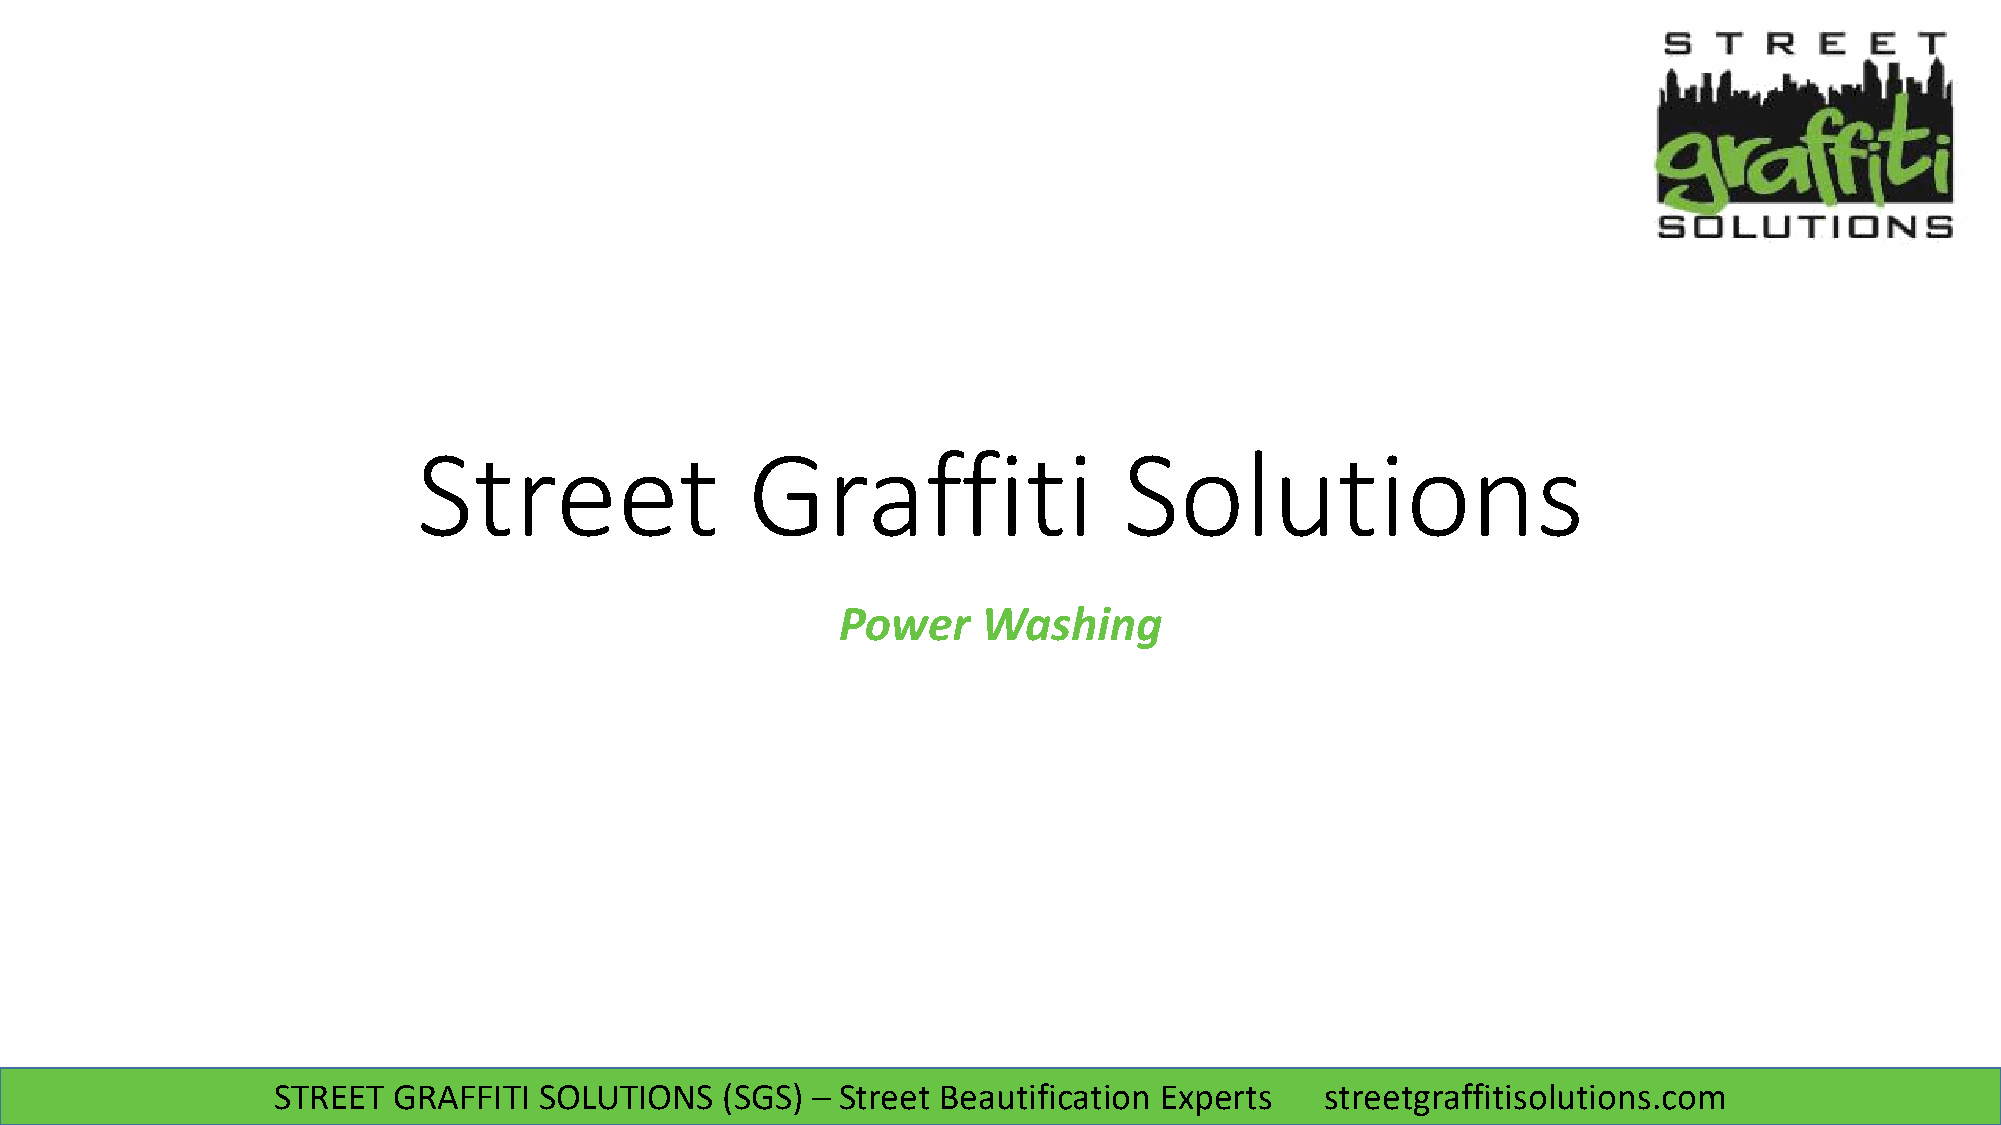
Street                Graffiti                Solutions
 Power    Washing
 STREET  GRAFFITI  SOLUTIONS   (SGS) – Street Beautification Experts   streetgraffitisolutions.com